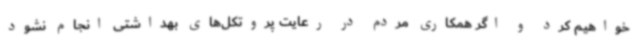
خواهیم کرد و اگر همکاری مردم در رعایت پروتکل‌های بهداشتی انجام نشود